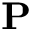
\mathbf { P }